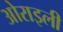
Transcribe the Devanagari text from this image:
ओराइली